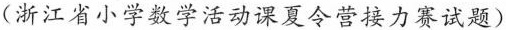
（浙江省小学数学活动课夏令营接力赛试题）